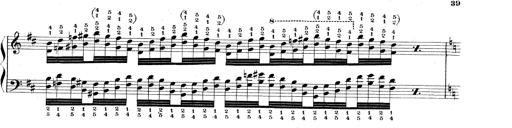
Title: Technische Studien
Composer: Franz Liszt